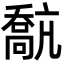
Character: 𡁗